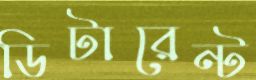
ডিটারেন্ট